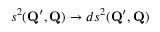
s ^ { 2 } ( \mathbf { Q } ^ { \prime } , \mathbf { Q } ) \to d s ^ { 2 } ( \mathbf { Q } ^ { \prime } , \mathbf { Q } )